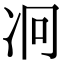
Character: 𠖷